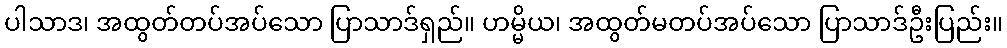
ပါသာဒ၊ အထွတ်တပ်အပ်သော ပြာသာဒ်ရှည်။ ဟမ္မိယ၊ အထွတ်မတပ်အပ်သော ပြာသာဒ်ဦးပြည်း။